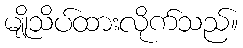
မျိုသိပ်ထားလိုက်သည်။